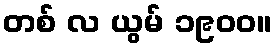
တစ် လ ယွမ် ၁၉၀၀။